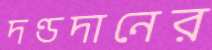
দণ্ডদানের